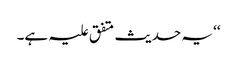
‘‘ یہ حدیث متفق علیہ ہے۔